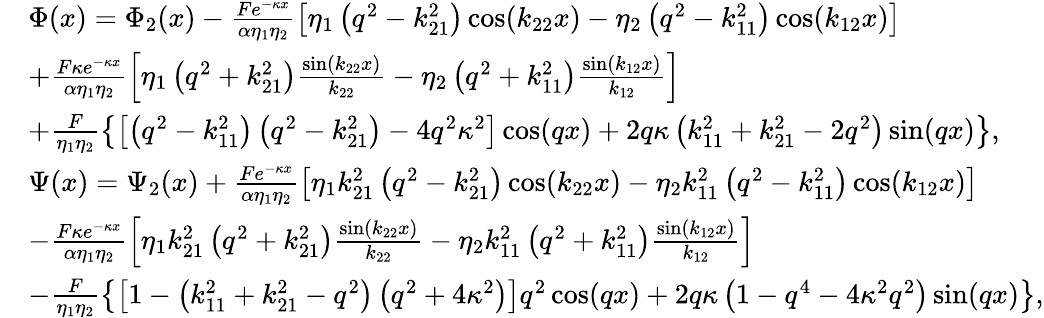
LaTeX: \begin{array}{rl}&{\Phi(x)={\Phi_{2}}(x)-\frac{{F{e^{-\kappa x}}}}{{\alpha{\eta_{1}}{\eta_{2}}}}\left[{{\eta_{1}}\left({{q^{2}}-k_{21}^{2}}\right)\cos({k_{22}}x)-{\eta_{2}}\left({{q^{2}}-k_{11}^{2}}\right)\cos({k_{12}}x)}\right]}\\ &{+\frac{{F\kappa{e^{-\kappa x}}}}{{\alpha{\eta_{1}}{\eta_{2}}}}\left[{{\eta_{1}}\left({{q^{2}}+k_{21}^{2}}\right)\frac{{\sin({k_{22}}x)}}{{{k_{22}}}}-{\eta_{2}}\left({{q^{2}}+k_{11}^{2}}\right)\frac{{\sin({k_{12}}x)}}{{{k_{12}}}}}\right]}\\ &{+\frac{F}{{{\eta_{1}}{\eta_{2}}}}\left\{ {\left[{\left({{q^{2}}-k_{11}^{2}}\right)\left({{q^{2}}-k_{21}^{2}}\right)-4{q^{2}}{\kappa^{2}}}\right]\cos(qx)+2q\kappa\left({k_{11}^{2}+k_{21}^{2}-2{q^{2}}}\right)\sin(qx)}\right\} ,}\\ &{\Psi(x)={\Psi_{2}}(x)+\frac{{F{{{e}}^{-\kappa x}}}}{{\alpha{\eta_{1}}{\eta_{2}}}}\left[{{\eta_{1}}k_{21}^{2}\left({{q^{2}}-k_{21}^{2}}\right)\cos({k_{22}}x)-{\eta_{2}}k_{11}^{2}\left({{q^{2}}-k_{11}^{2}}\right)\cos({k_{12}}x)}\right]}\\ &{-\frac{{F\kappa{e^{-\kappa x}}}}{{\alpha{\eta_{1}}{\eta_{2}}}}\left[{{\eta_{1}}k_{21}^{2}\left({{q^{2}}+k_{21}^{2}}\right)\frac{{\sin({k_{22}}x)}}{{{k_{22}}}}-{\eta_{2}}k_{11}^{2}\left({{q^{2}}+k_{11}^{2}}\right)\frac{{\sin({k_{12}}x)}}{{{k_{12}}}}}\right]}\\ &{-\frac{F}{{{\eta_{1}}{\eta_{2}}}}\left\{ {\left[{1-\left({k_{11}^{2}+k_{21}^{2}-{q^{2}}}\right)\left({{q^{2}}+4{\kappa^{2}}}\right)}\right]{q^{2}}\cos(qx)+2q\kappa\left({1-{q^{4}}-4{\kappa^{2}}{q^{2}}}\right)\sin(qx)}\right\} ,}\end{array}